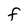
Character: F